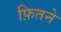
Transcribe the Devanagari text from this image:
फ़ितने